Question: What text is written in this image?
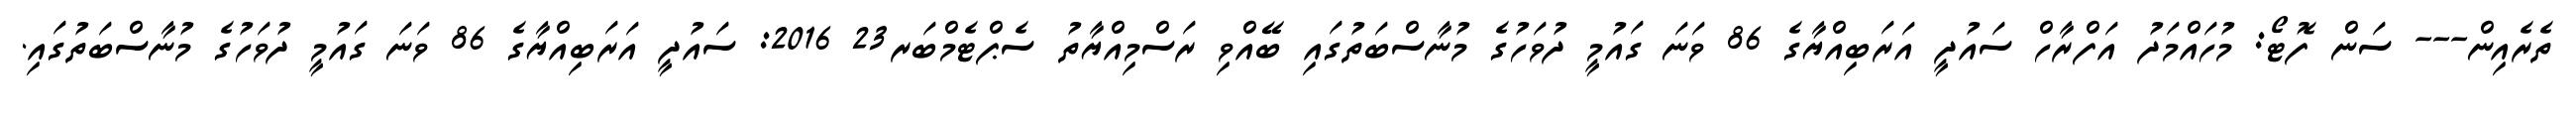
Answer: ތެރެއިން--- ސަން ފޮޓޯ: މުހައްމަދު އަފްރާހް ސައުދީ އަރަބިއްޔާގެ 86 ވަނަ ގައުމީ ދުވަހުގެ މުނާސްބަތުގައި ބޭއްވި ރަސްމިއްޔާތު ސެޕްޓެމްބަރ23 2016: ސައުދީ އަރަބިއްޔާގެ 86 ވަނަ ގައުމީ ދުވަހުގެ މުނާސްބަތުގައި.